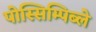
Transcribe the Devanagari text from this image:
पोस्सिम्पिब्ले